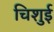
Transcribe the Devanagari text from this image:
चिशुई